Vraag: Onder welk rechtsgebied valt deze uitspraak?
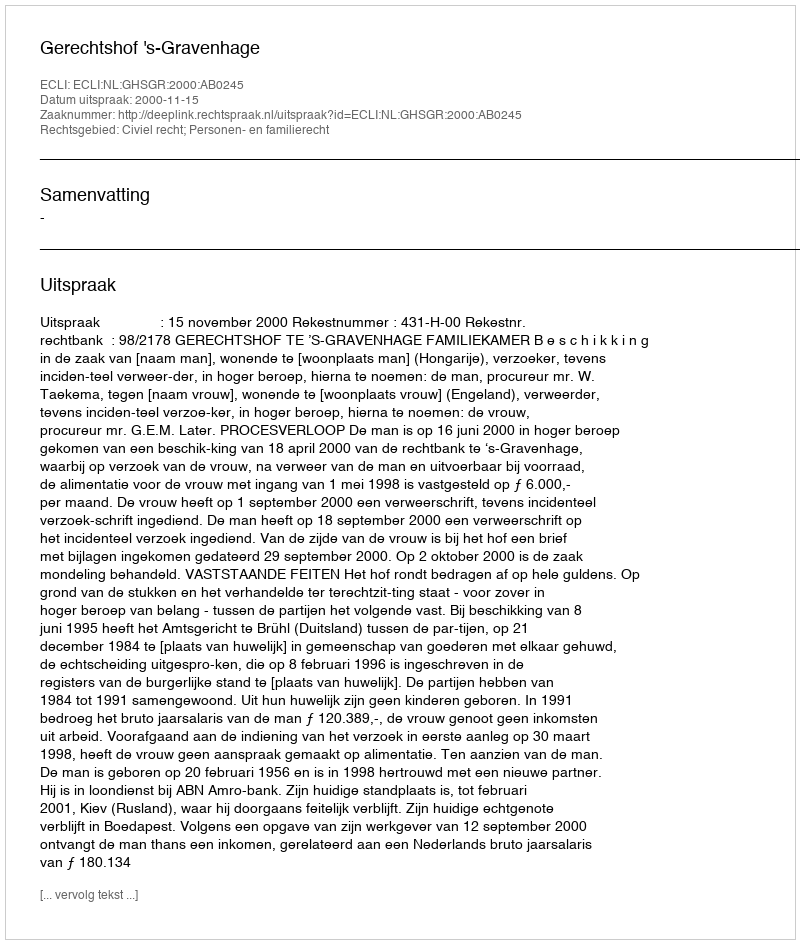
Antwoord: Civiel recht; Personen- en familierecht